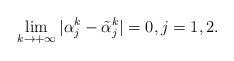
\begin{align*}\lim_{k\to +\infty}|\alpha^k_j - \tilde{\alpha}^k_j| = 0, j = 1, 2.\end{align*}